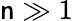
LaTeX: \mathsf{n}\gg1